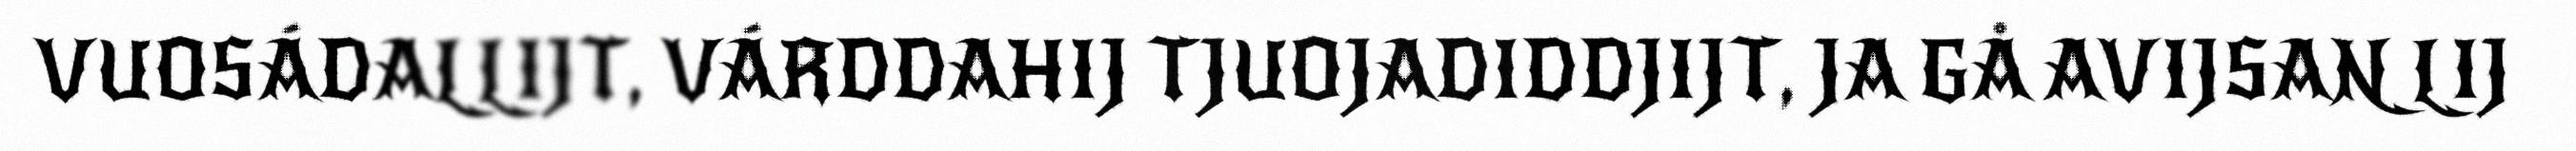
VUOSÁDALLIJT, VÁRDDAHIJ TJUOJADIDDJIJT, JA GÅ AVIJSAN LIJ